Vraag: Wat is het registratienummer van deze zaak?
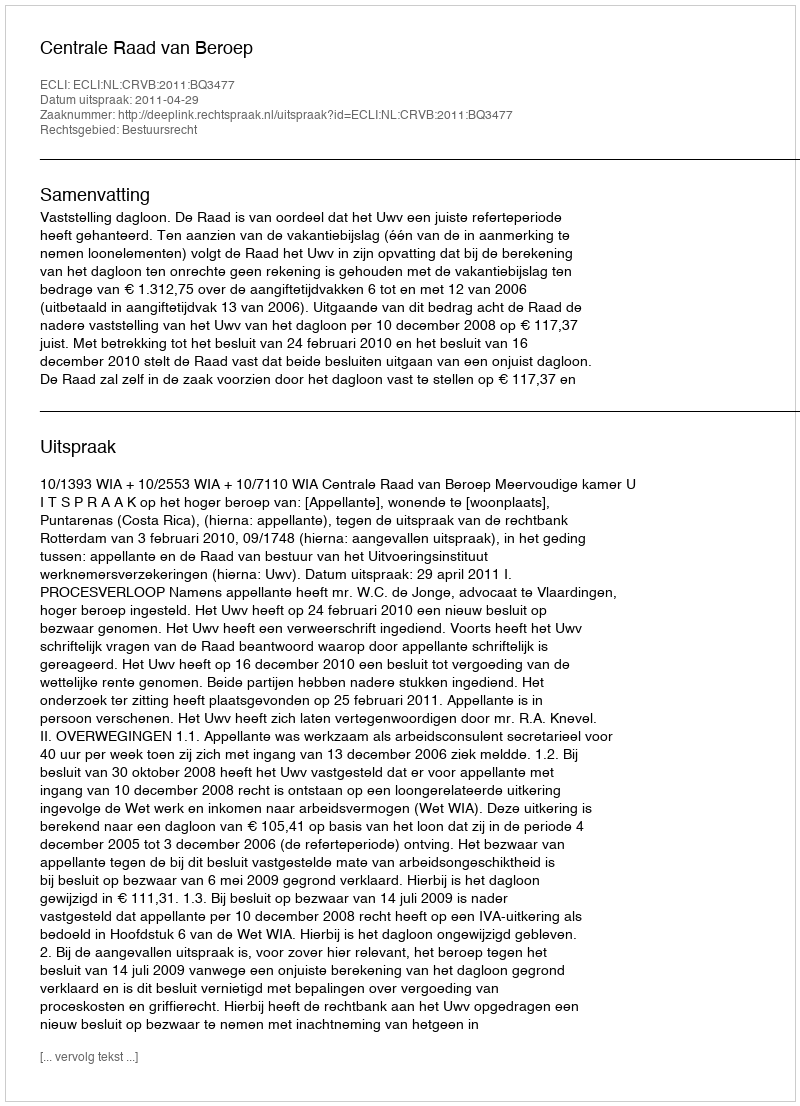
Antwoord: http://deeplink.rechtspraak.nl/uitspraak?id=ECLI:NL:CRVB:2011:BQ3477